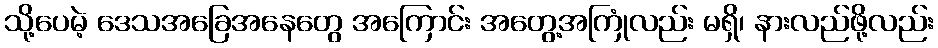
သို့ပေမဲ့ ဒေသအခြေအနေတွေ အကြောင်း အတွေ့အကြုံလည်း မရှိ၊ နားလည်ဖို့လည်း